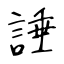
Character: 諈